King Institute of Preventive Medicine Micro-Biological Section reports 1909-11
Year: 1909
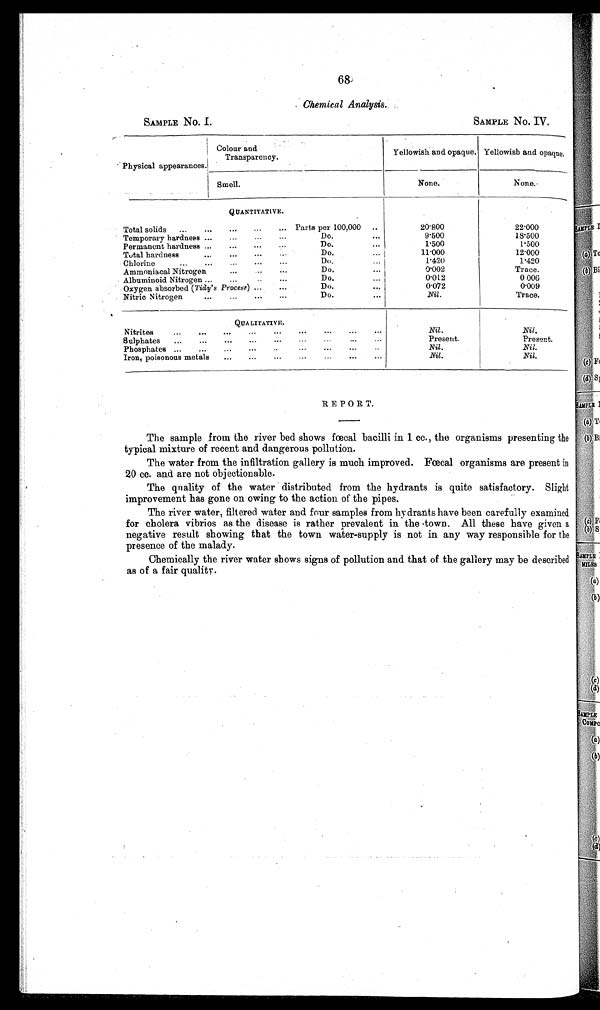
68
Chemical Analysis.
1
SAMPLE No. IV.
SAMPLE No. I.
' Physical appearances.
Colour and
Transparency.
Yellowish and opaque. Yellowish and opaque.
None.
None.
Smell.
QUANTITATIVE.
Total solids
...
...
...
...
... Parts per 100,000
..
Temporary hardness —
. .. .-. . . . Do. ...
Permanent hardness ...
...
...
Do.
...
Total hardness
...
...
...
. . . Do. ...
Chlorine
...
...
...
. .. Do.
Ammoniacal Nitrogen
...
...
Do.
... I
Albuminoid Nitrogen ...
...
..
...
Do.
...
Oxygen absorbed (Tidy's Process) ...
...
Do.
...
Nitric Nitrogen
...
. . . ... ... Do.
20.800
9.500
1.500
1 1 . 0 0 0
1 . 4 2 0
0 . 0 0 2
0.012
0.072
Nil.
22.000
1 8 . 5 0 0
1.500
12.000
1.420
Trace.
0.006
0.009
Trace.
QUA LITATIVE.
Nitrites...
...
...
...
...
...
...
...
. . .
Sulphates
...
...
..
.
...
. . . . . ... ...
Phosphates ...
...
...
.
..
...
...
...
..
Iron, poisonous metals ... ... ...
...
...
...
...
Nil.
Present.
N i l .
Nil.
Nil.
Present.
Nil.
Nil.
REPORT.
The sample from the river bed shows fœcal bacilli in 1 cc., the organisms presenting the
typical mixture of recent and dangerous pollution.
The water from the infiltration gallery is much improved. Fœcal organisms are present in
20 cc. and are not objectionable.
The quality of the water distributed from the hydrants is quite satisfactory. Slight
improvement has gone on owing to the action of the pipes.
The river water, filtered water and four samples from hydrants have been carefully examined
for cholera vibrios as the disease is rather prevalent in the .town. All these have given a
negative result showing that the town water-supply is not in any way responsible for the
presence of the malady.
Chemically the river water shows signs of pollution and that of the gallery may be described
as of a fair quality.